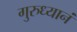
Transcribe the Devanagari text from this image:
गुरुध्यानं